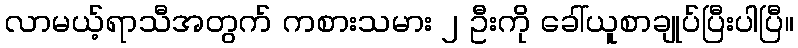
လာမယ့်ရာသီအတွက် ကစားသမား ၂ ဦးကို ခေါ်ယူစာချုပ်ပြီးပါပြီ။